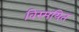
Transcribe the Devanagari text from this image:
विस्मयित